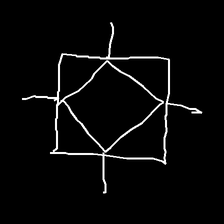
Glyph: light